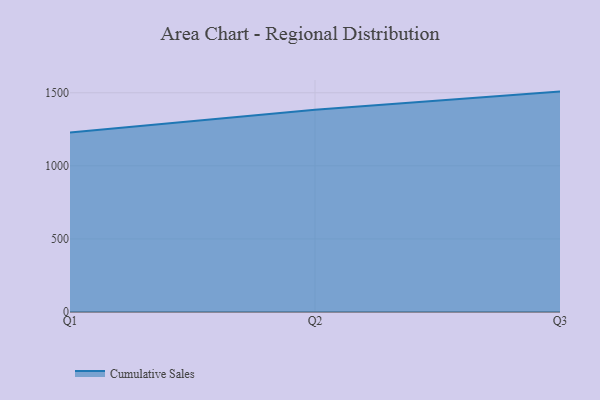
{"axis": {"x": "Quarter", "y": "Satisfaction Score"}, "legend": ["Cumulative Sales"], "data": [{"x": "Q1", "y": 1228.4, "type": "Cumulative Sales"}, {"x": "Q2", "y": 1383.5, "type": "Cumulative Sales"}, {"x": "Q3", "y": 1507.8, "type": "Cumulative Sales"}]}